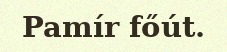
Pamír főút.